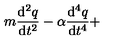
m \frac { \mathrm { d } ^ { 2 } q } { \mathrm { d } t ^ { 2 } } - \alpha \frac { \mathrm { d } ^ { 4 } q } { \mathrm { d } t ^ { 4 } } +